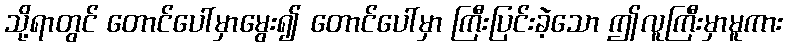
သို့ရာတွင် တောင်ပေါ်မှာမွေး၍ တောင်ပေါ်မှာ ကြီးပြင်းခဲ့သော ဤလူကြီးမှာမူကား